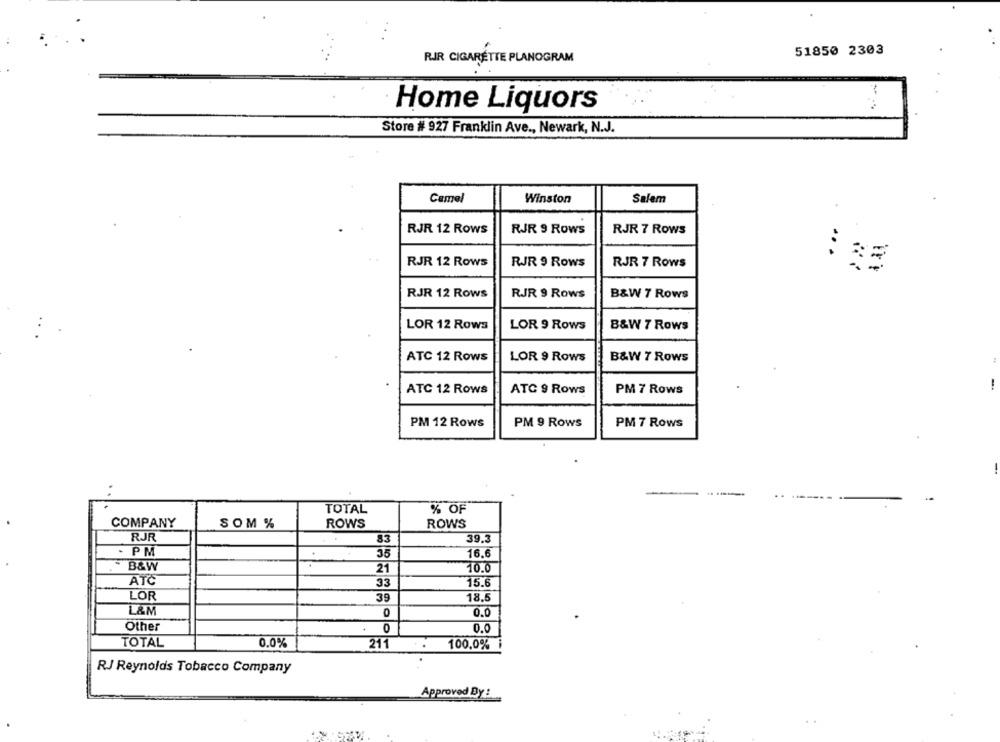
51850 2303
RIR CIGARETTE PLANOGRAM
Home Liquors
Store # 927 Franklin Ave ., Newark, N.J.
Camel
Winston
Salem
RJR 12 Rows
RJR 9 Rows
RJR 7 Rows
...
RJR 12 Rows
RJR 9 Rows
RJR 7 Rows
RJR 12 Rows
RJR 9 Rows
B&W 7 Rows
LOR 12 Rows
LOR 9 Rows
B&W 7 Rows
ATC 12 Rows
LOR 9 Rows
B&W 7 Rows
-
ATC 12 Rows
ATC 9 Rows
PM 7 Rows
PM 12 Rows
PM 9 Rows
PM 7 Rows
TOTAL
% OF
COMPANY
SOM %
ROWS
ROWS
RJR
83
39.3
PM
35
16.6
B&W
21
10.0
ATC
33
15.6
LOR
39
18.5
L&M
0
0.0
Other
0
0.0
TOTAL
0.0%
211
100,0%
RJ Reynolds Tobacco Company
Approved By :